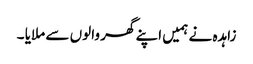
زاہدہ نے ہمیں اپنے گھر والوں سے ملایا ۔